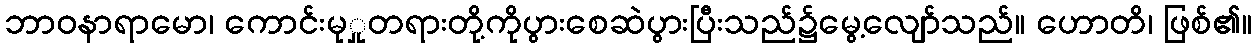
ဘာဝနာရာမော၊ ကောင်းမုှုတရားတို့ကိုပွားစေဆဲပွားပြီးသည်၌မွေ့လျော်သည်။ ဟောတိ၊ ဖြစ်၏။